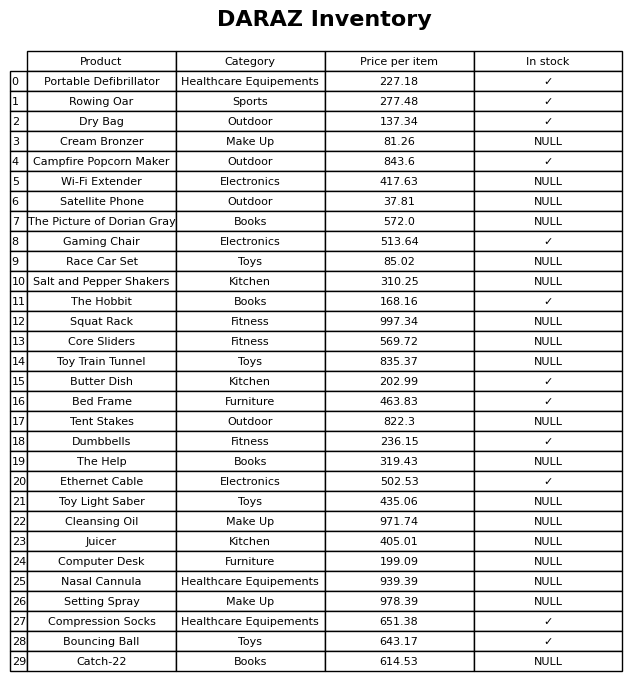
question: What is the price of the Nasal Cannula?
answer: The price of Nasal Cannula is 939.39.